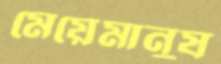
মেয়েমানুষ